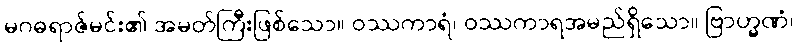
မဂဓရာဇ်မင်း၏ အမတ်ကြီးဖြစ်သော။ ဝဿကာရံ၊ ဝဿကာရအမည်ရှိသော။ ဗြာဟ္မဏံ၊